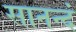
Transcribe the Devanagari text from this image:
सानन्दं